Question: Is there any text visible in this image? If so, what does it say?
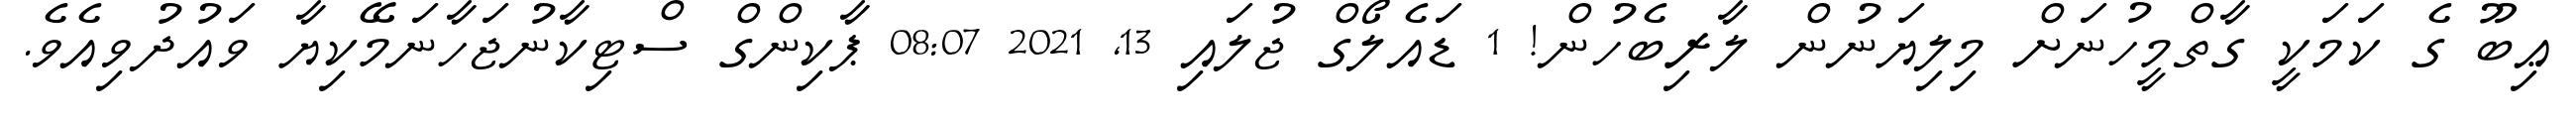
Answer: ޢިބޫ ގެ ކަމަކީ ގާތްމީހުނަށް މިލިޔަނުން ލާރިބެހުން! 1 ޑައެލޯގް ޖުލައި 13, 2021 08:07 ޕާކިންގް ސްޓިކާނުޖަހާނަމޭކިޔާ ވައުދުވިއެވެ.